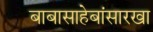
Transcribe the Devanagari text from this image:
बाबासाहेबांसारखा